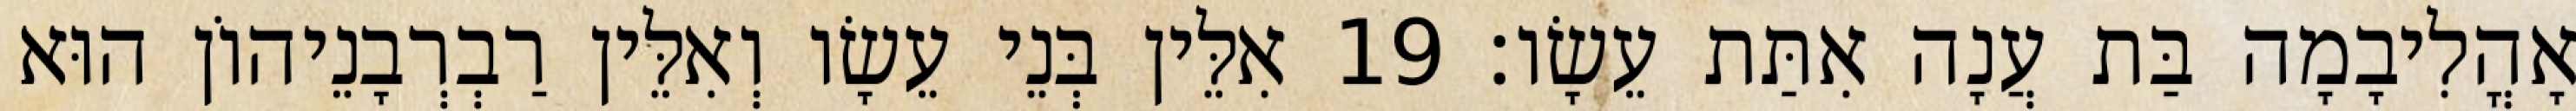
אָהֳלִיבָמָה בַּת עֲנָה אִתַּת עֵשָׂו׃ 19 אִלֵּין בְּנֵי עֵשָׂו וְאִלֵּין רַבְרְבָנֵיהוֹן הוּא